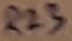
Text: R23